Annual report on the working of the lock hospitals in the Central Provinces
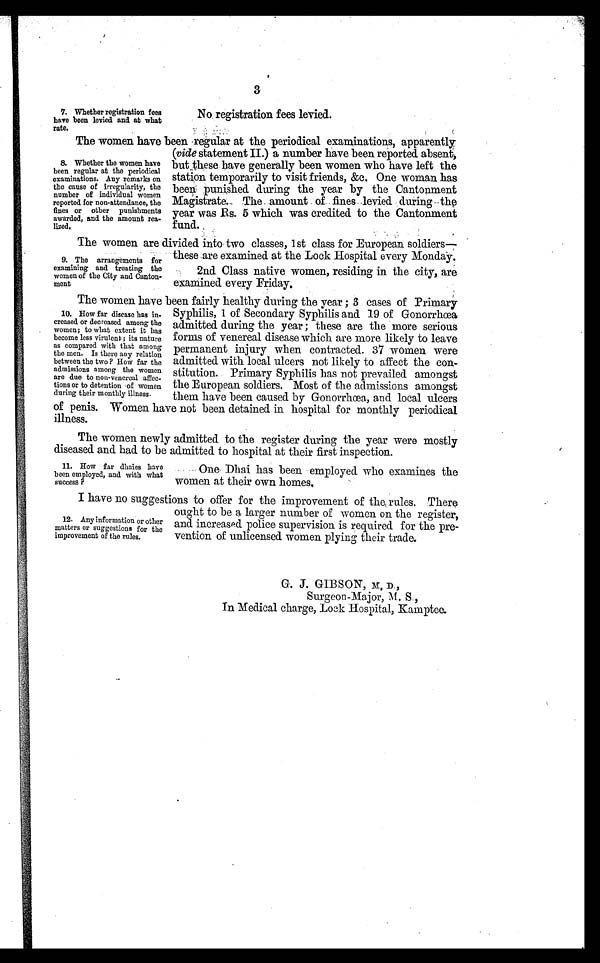
3
7. Whether registration fees
have been levied and at what
rate.
No registration fees levied.
The women have been regular at the periodical examinations, apparently
(vide statement II.) a number have been reported absent,
but ,these have generally, been women who have left the
station temporarily to visit friends, &c. One woman has
been punished during the year by the Cantonment
Magistrate._ The amount of fines levied during the
year 'was Rs. 5 which was credited to the Cantonment
fund.
The women are divided into two classes, I st class for European soldiers—
these are examined at the Lock Hospital every Monday.
2nd. Class native women, residing in the city, are
examined every Friday.
The women have been fairly healthy during the year ; 3 cases of Primary
Syphilis, 1 of Secondary Syphilis and 19 of Gonorrhoea
admitted during the year ; these are the more serious
forms of venereal disease which are more likely to leave
permanent injury when contracted. 37 women were
admitted. with local ulcers not likely to affect the con-
stitution. Primary Syphilis has not prevailed amongst
the European soldiers. Most of the admissions amongst
them have been caused. by Gonorrhoea, and local ulcers
of penis. Women have not been detained. in. hospital for monthly periodical.
illness.
The women newly admitted to the register during the year were mostly
diseased and had to be admitted to hos pital at their first inspection:
8. Whether the women have
been regular at the periodical
examinations. Any remarks on
the cause of irregularity, the
number of individual women
reported for non-attendance, the
fines or other punishments
awarded, and the amount rea-
lized.
9. The arrangements for
examining and treating the
women of the City and Canton-
ment
10. How far disease has in-
creased or decreased among the
women; to what extent it has
become less virulent ; its nature
as compared with that among
the men. Is there any relation
between the two ? How far the
admissions among the women
are due to non-venereal affec-
tions or to detention of women
during their monthly illness.
II. How far (Thies have
been employed, and with what
success P
-- One- Dhai has been employed who examines the
women at their own homes.
I have no suggestions to offer for the improvement of the. rules. There
ought to be a larger number of women on the register,
and. increased police supervision is required for the pre-
vention of unlicensed women plying their trade.
G. D. GIBSON, M, D
Surgeon-Major, M. S ,
In Medical charge, Lock Hospital, Kamptee.
12. Any information or other
matters or suggestions for the
improvement of the rules.